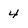
Character: 4